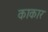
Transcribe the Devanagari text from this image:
काकार